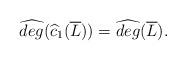
LaTeX: \begin{align*}\widehat{deg}(\widehat{c}_1(\overline{L}))=\widehat{deg}(\overline{L}).\end{align*}